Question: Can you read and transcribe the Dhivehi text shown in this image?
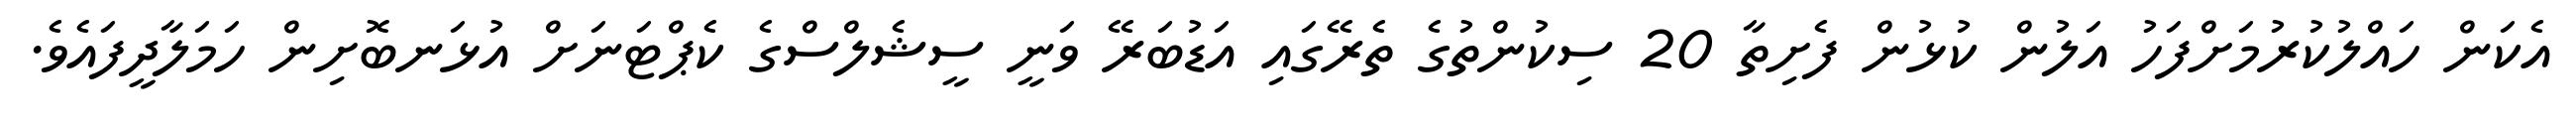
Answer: އެކަން ހައްލުކުރުމަށްފަހު އަލުން ކުޅުން ފެށިތާ 20 ސިކުންތުގެ ތެރޭގައި އަޑުބަރޭ ވަނީ ސީޝެލްސްގެ ކެޕްޓަނަށް އުޅަނބޮށިން ހަމަލާދީފައެވެ.